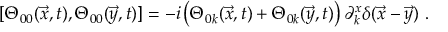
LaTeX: [ \Theta _ { 0 0 } ( \vec { x } , t ) , \Theta _ { 0 0 } ( \vec { y } , t ) ] = - i \left( \Theta _ { 0 k } ( \vec { x } , t ) + \Theta _ { 0 k } ( \vec { y } , t ) \right) \partial _ { k } ^ { x } \delta ( \vec { x } - \vec { y } ) ~ .